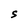
Character: S